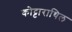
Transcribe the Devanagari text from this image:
कोट्टाराथिल